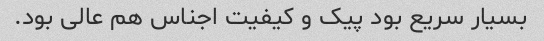
بسیار سریع بود پیک و کیفیت اجناس هم عالی بود.